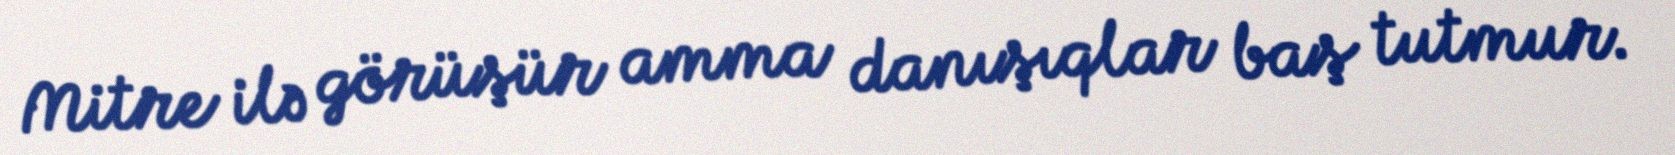
Mitre ilə görüşür amma danışıqlar baş tutmur.